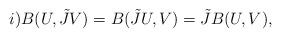
LaTeX: \begin{align*}i)B(U,\tilde{J}V)=B(\tilde{J}U,V)=\tilde{J}B(U,V), \end{align*}